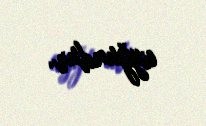
uyğundur.